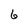
Character: 6